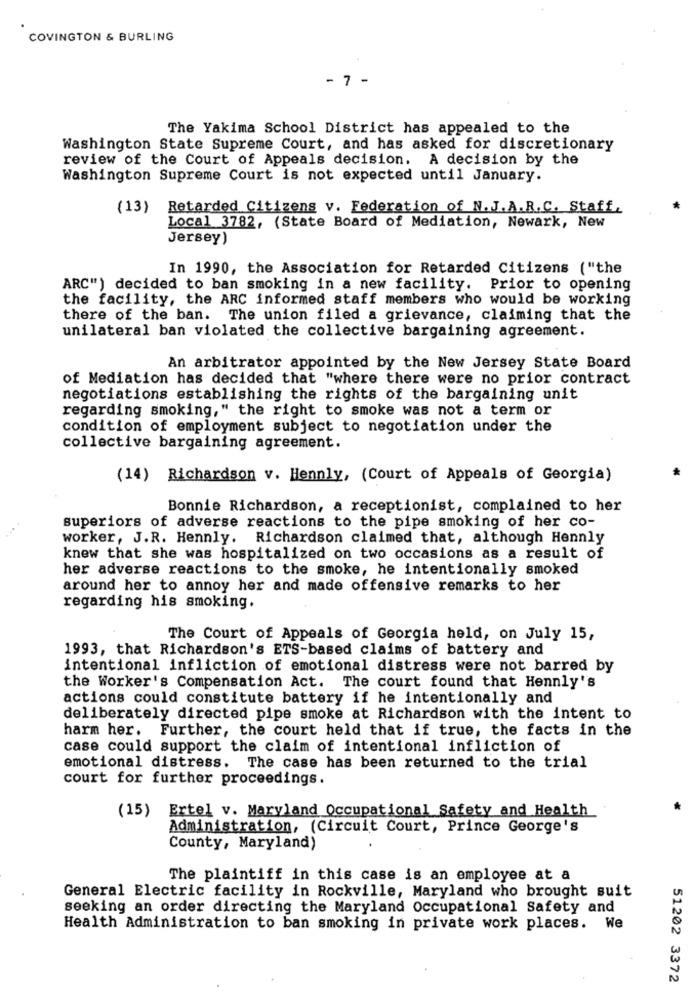
COVINGTON & BURLING
- 7 -
The Yakima School District has appealed to the
Washington State Supreme Court, and has asked for discretionary
review of the Court of Appeals decision. A decision by the
Washington Supreme Court is not expected until January.
(13) Retarded Citizens v. Federation of N.J.A.R.C. Staff,
Local 3782, (State Board of Mediation, Newark, New
Jersey)
In 1990, the Association for Retarded Citizens ("the
ARC") decided to ban smoking in a new facility. Prior to opening
the facility, the ARC informed staff members who would be working
there of the ban. The union filed a grievance, claiming that the
unilateral ban violated the collective bargaining agreement.
An arbitrator appointed by the New Jersey State Board
of Mediation has decided that "where there were no prior contract
negotiations establishing the rights of the bargaining unit
regarding smoking," the right to smoke was not a term or
condition of employment subject to negotiation under the
collective bargaining agreement.
(14) Richardson v. Hennly, (Court of Appeals of Georgia)
Bonnie Richardson, a receptionist, complained to her
superiors of adverse reactions to the pipe smoking of her co-
worker, J.R. Hennly. Richardson claimed that, although Hennly
knew that she was hospitalized on two occasions as a result of
her adverse reactions to the smoke, he intentionally smoked
around her to annoy her and made offensive remarks to her
regarding his smoking.
The Court of Appeals of Georgia held, on July 15,
1993, that Richardson's ETS-based claims of battery and
intentional infliction of emotional distress were not barred by
the Worker's Compensation Act. The court found that Hennly's
actions could constitute battery if he intentionally and
deliberately directed pipe smoke at Richardson with the intent to
harm her. Further, the court held that if true, the facts in the
case could support the claim of intentional infliction of
emotional distress. The case has been returned to the trial
court for further proceedings.
(15) Ertel v. Maryland Occupational Safety and Health
Administration, (Circuit Court, Prince George's
County, Maryland)
The plaintiff in this case is an employee at a
General Electric facility in Rockville, Maryland who brought suit
seeking an order directing the Maryland Occupational Safety and
Health Administration to ban smoking in private work places. We
51202 3372